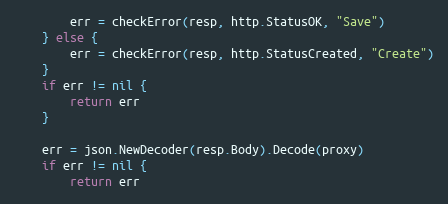
Language: Go
		err = checkError(resp, http.StatusOK, "Save")
	} else {
		err = checkError(resp, http.StatusCreated, "Create")
	}
	if err != nil {
		return err
	}

	err = json.NewDecoder(resp.Body).Decode(proxy)
	if err != nil {
		return err